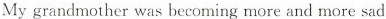
My grandmother was becoming more and more sad